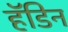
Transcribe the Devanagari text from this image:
हॅडिन